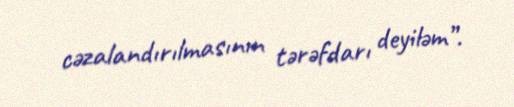
cəzalandırılmasının tərəfdarı deyiləm”.